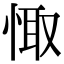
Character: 𢛏